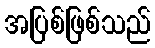
အပြစ်ဖြစ်သည်